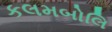
કલમબોલિ